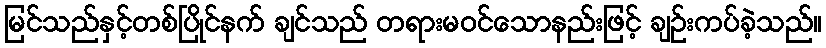
မြင်သည်နှင့်တစ်ပြိုင်နက် ချင်သည် တရားမဝင်သောနည်းဖြင့် ချဉ်းကပ်ခဲ့သည်။